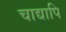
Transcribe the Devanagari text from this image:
चाद्यापि